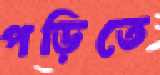
পড়িতে